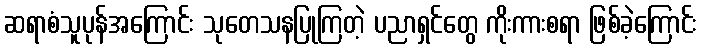
ဆရာစံသူပုန်အကြောင်း သုတေသနပြုကြတဲ့ ပညာရှင်တွေ ကိုးကားစရာ ဖြစ်ခဲ့ကြောင်း